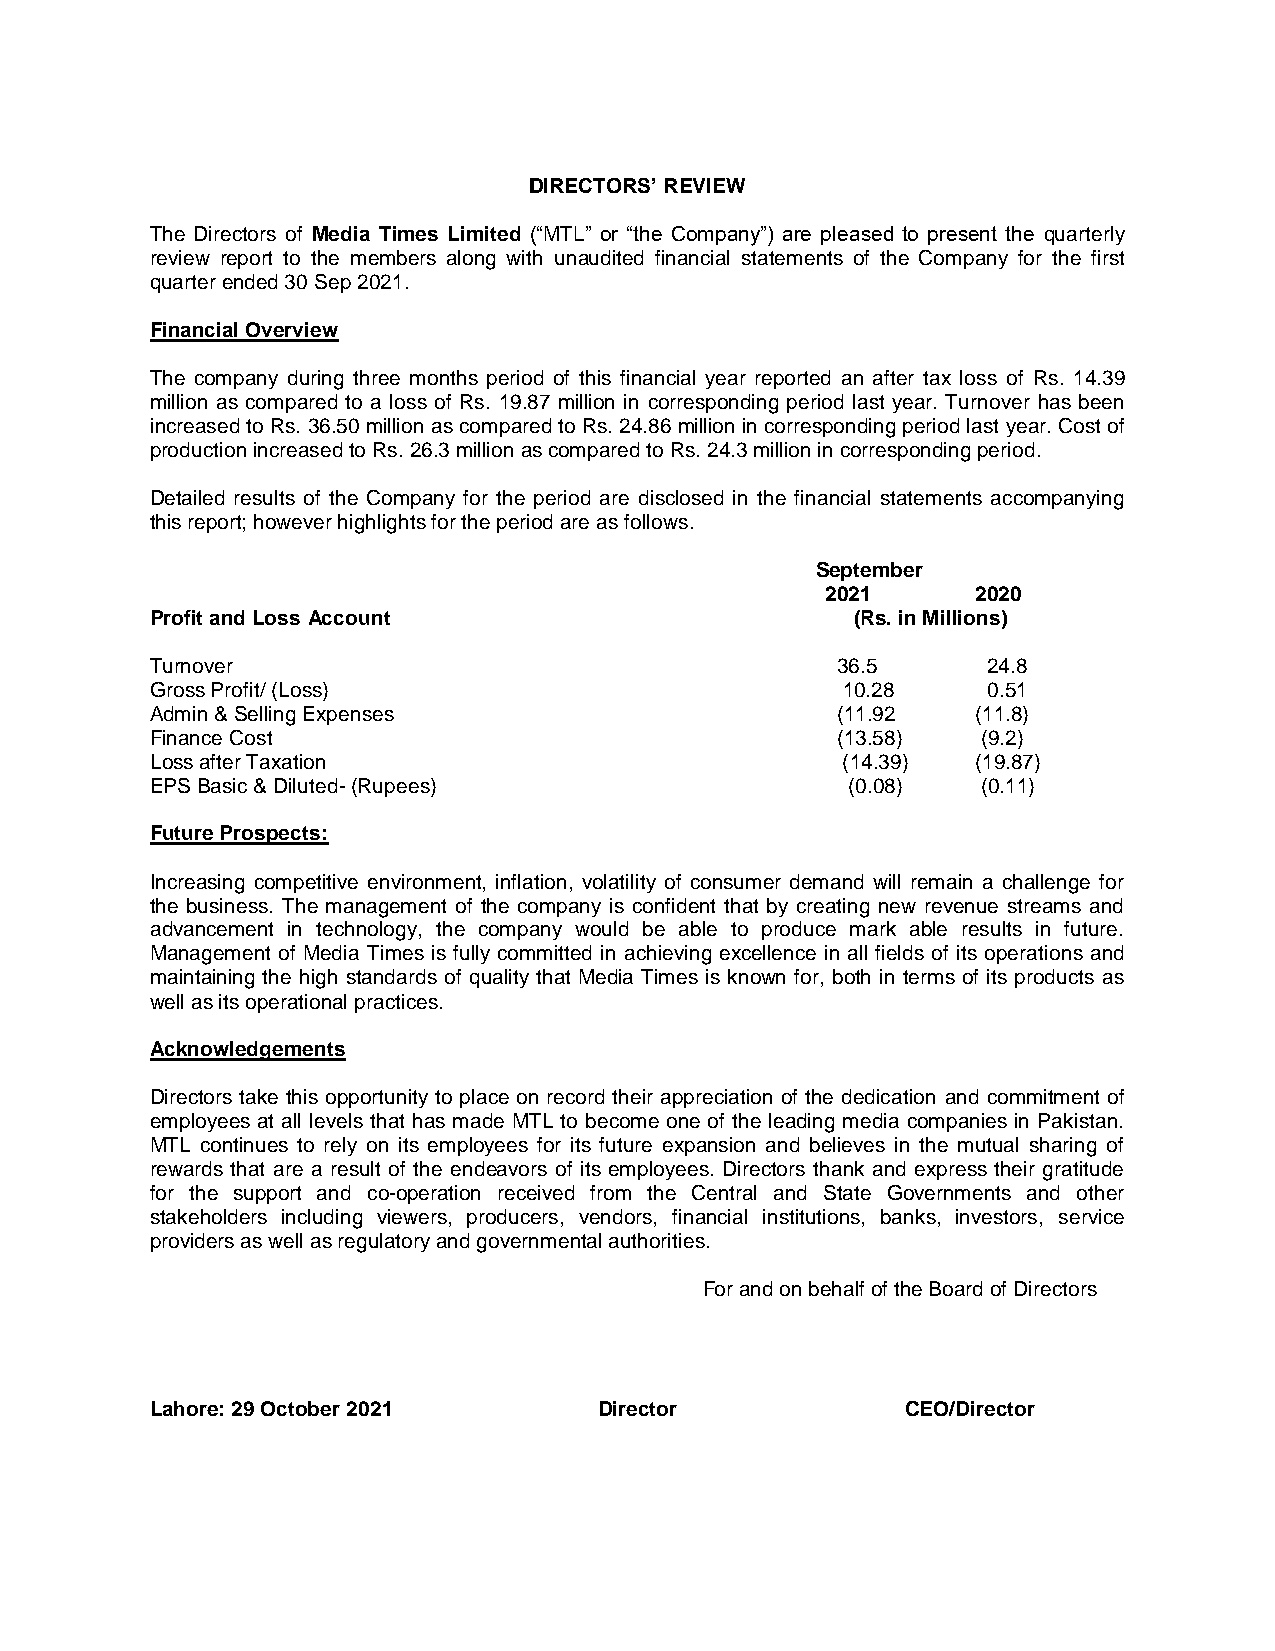
DIRECTORS’ REVIEW
 The Directors of Media Times Limited (“MTL” or “the Company”) are pleased to present the quarterly
 review report to the members along with unaudited financial statements of the Company for the first
 quarter ended 30 Sep 2021.
 Financial Overview
 The company during three months period of this financial year reported an after tax loss of Rs. 14.39
 million as compared to a loss of Rs. 19.87 million in corresponding period last year. Turnover has been
 increased to Rs. 36.50 million as compared to Rs. 24.86 million in corresponding period last year. Cost of
 production increased to Rs. 26.3 million as compared to Rs. 24.3 million in corresponding period.
 Detailed results of the Company for the period are disclosed in the financial statements accompanying
 this report; however highlights for the period are as follows.
 September
 2021      2020
 Profit and Loss Account                        (Rs. in Millions)
 Turnover                                     36.5      24.8
 Gross Profit/ (Loss)                          10.28    0.51
 Admin & Selling Expenses                     (11.92    (11.8)
 Finance Cost                                 (13.58)   (9.2)
 Loss after Taxation                           (14.39)  (19.87)
 EPS Basic & Diluted- (Rupees)                 (0.08)   (0.11)
 Future Prospects:
 Increasing competitive environment, inflation, volatility of consumer demand will remain a challenge for
 the business. The management of the company is confident that by creating new revenue streams and
 advancement in technology, the company would be able to produce mark able results in future.
 Management of Media Times is fully committed in achieving excellence in all fields of its operations and
 maintaining the high standards of quality that Media Times is known for, both in terms of its products as
 well as its operational practices.
 Acknowledgements
 Directors take this opportunity to place on record their appreciation of the dedication and commitment of
 employees at all levels that has made MTL to become one of the leading media companies in Pakistan.
 MTL continues to rely on its employees for its future expansion and believes in the mutual sharing of
 rewards that are a result of the endeavors of its employees. Directors thank and express their gratitude
 for the support and co-operation received from the Central and State Governments and other
 stakeholders including viewers, producers, vendors, financial institutions, banks, investors, service
 providers as well as regulatory and governmental authorities.
 For and on behalf of the Board of Directors
 Lahore: 29 October 2021       Director            CEO/Director